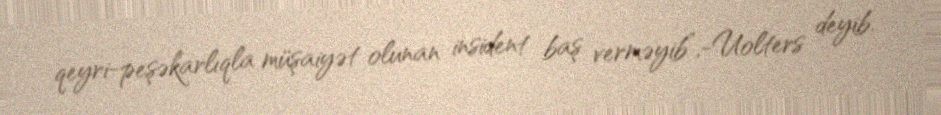
qeyri-peşəkarlıqla müşaiyət olunan insident baş verməyib”,-Uolters deyib.